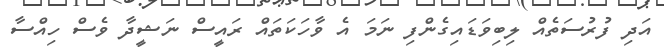
އަދި ފުރުސަތެއް ލިބިވަޑައިގެންފި ނަމަ އެ ވާހަކަތައް ރައީސް ނަޝީދާ ވެސް ހިއްސާ